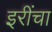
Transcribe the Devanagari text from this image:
इरींचा